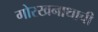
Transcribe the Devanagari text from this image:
गोरखनाथाची